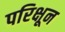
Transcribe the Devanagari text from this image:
परिक्षून